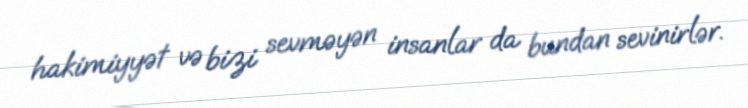
hakimiyyət və bizi sevməyən insanlar da bundan sevinirlər.